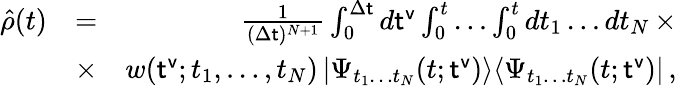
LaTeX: \begin{array}{rlr}{\hat{\rho}(t)}&{=}&{\frac{1}{(\Delta{\sf t})^{N+1}}\int_{0}^{\Delta{\sf t}}d{\sf t^{v}}\int_{0}^{t}\dots\int_{0}^{t}dt_{1}\dots dt_{N}\, \times}\\ {~~}&{\times}&{w({\sf t^{v}};t_{1},\dots,t_{N})\, |\Psi_{t_{1}\dots t_{N}}(t;{\sf t^{v}})\rangle\langle\Psi_{t_{1}\dots t_{N}}(t;{\sf t^{v}})|\, ,}\end{array}